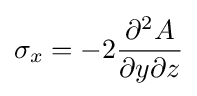
\sigma _{x}=-2{\frac {\partial ^{2}A}{\partial y\partial z}}